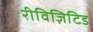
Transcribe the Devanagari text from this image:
रीविज़िटिड